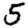
Digit: 5